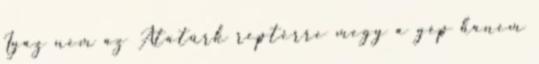
Igaz nem az Atatürk reptérre megy a gép hanem